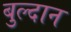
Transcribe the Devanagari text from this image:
बुल्दान